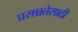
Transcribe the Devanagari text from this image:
प्रसन्नतेसाठी